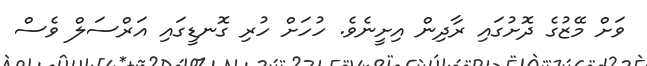
ވަށް މޭޒުގެ ދޮށުގައި ރާދިން އިށީނެވެ. ހުހަށް ހުރި ގޮނޑީގައި އަރްސަލް ވެސް